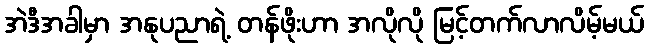
အဲဒီအခါမှာ အနုပညာရဲ့ တန်ဖိုးဟာ အလိုလို မြင့်တက်လာလိမ့်မယ်